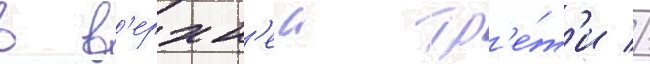
в в'ерхн'еи тр'е́т'и //